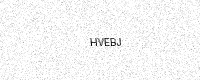
Text: HVEBJ